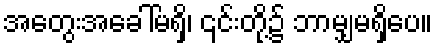
အတွေးအခေါ်မရှိ၊ ၎င်းတို့၌ ဘာမျှမရှိပေ။